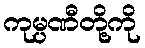
ကုမ္ပဏီတို့ကို